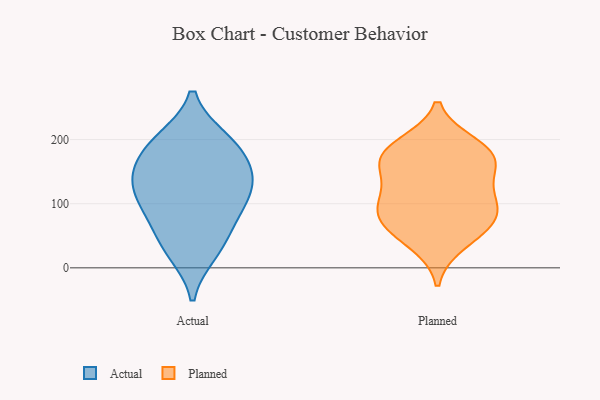
{"axis": {"x": "Humidity (%)", "y": "Value"}, "legend": ["Actual", "Planned"], "data": [{"x": "", "y": 109, "type": "Actual"}, {"x": "", "y": 103, "type": "Actual"}, {"x": "", "y": 32, "type": "Actual"}, {"x": "", "y": 200, "type": "Actual"}, {"x": "", "y": 159, "type": "Actual"}, {"x": "", "y": 199, "type": "Actual"}, {"x": "", "y": 87, "type": "Actual"}, {"x": "", "y": 135, "type": "Actual"}, {"x": "", "y": 188, "type": "Actual"}, {"x": "", "y": 63, "type": "Actual"}, {"x": "", "y": 137, "type": "Actual"}, {"x": "", "y": 24, "type": "Actual"}, {"x": "", "y": 148, "type": "Actual"}, {"x": "", "y": 191, "type": "Planned"}, {"x": "", "y": 89, "type": "Planned"}, {"x": "", "y": 120, "type": "Planned"}, {"x": "", "y": 181, "type": "Planned"}, {"x": "", "y": 71, "type": "Planned"}, {"x": "", "y": 161, "type": "Planned"}, {"x": "", "y": 112, "type": "Planned"}, {"x": "", "y": 63, "type": "Planned"}, {"x": "", "y": 164, "type": "Planned"}, {"x": "", "y": 39, "type": "Planned"}, {"x": "", "y": 175, "type": "Planned"}, {"x": "", "y": 86, "type": "Planned"}]}